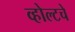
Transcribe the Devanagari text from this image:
व्होल्टचे